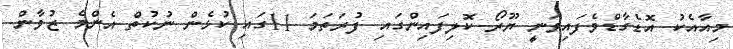
މިއާއެކު އޮޑެގާޑްވެފައިވަނީ ޔޫރޯ ކޮލިފައިންގައި ފުރަތަމަ 11ގައި ކުޅެން ނުކުތް އެންމެ ޒުވާން